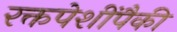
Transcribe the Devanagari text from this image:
रक्तपेशींपैकी